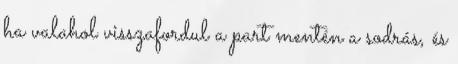
ha valahol visszafordul a part mentén a sodrás, és